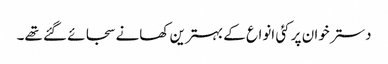
دسترخوان پر کئی انواع کے بہترین کھانے سجائے گئے تھے۔